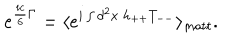
e ^ { \frac { i c } { 6 } \Gamma } = \langle e ^ { i \int d ^ { 2 } x ~ h _ { + + } T _ { -- } } \rangle _ { m a t t } .